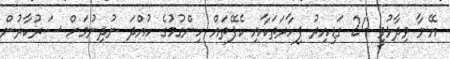
އޭނާ ވިދާޅުވީ 24 ގަޑިއިރު ފިހާރަތަކާއި ކެފޭތައް ހިންގުމުގެ ހުއްދަ ނުދިނުމަށް ސަރުކާރުން